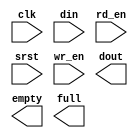
module syncFifoCG(
	clk,
	din,
	rd_en,
	srst,
	wr_en,
	dout,
	empty,
	full);


input clk;
input [15 : 0] din;
input rd_en;
input srst;
input wr_en;
output [15 : 0] dout;
output empty;
output full;

// synthesis translate_off

      FIFO_GENERATOR_V4_3 #(
		.C_COMMON_CLOCK(1),
		.C_COUNT_TYPE(0),
		.C_DATA_COUNT_WIDTH(4),
		.C_DEFAULT_VALUE("BlankString"),
		.C_DIN_WIDTH(16),
		.C_DOUT_RST_VAL("0"),
		.C_DOUT_WIDTH(16),
		.C_ENABLE_RLOCS(0),
		.C_FAMILY("spartan3"),
		.C_FULL_FLAGS_RST_VAL(0),
		.C_HAS_ALMOST_EMPTY(0),
		.C_HAS_ALMOST_FULL(0),
		.C_HAS_BACKUP(0),
		.C_HAS_DATA_COUNT(0),
		.C_HAS_INT_CLK(0),
		.C_HAS_MEMINIT_FILE(0),
		.C_HAS_OVERFLOW(0),
		.C_HAS_RD_DATA_COUNT(0),
		.C_HAS_RD_RST(0),
		.C_HAS_RST(0),
		.C_HAS_SRST(1),
		.C_HAS_UNDERFLOW(0),
		.C_HAS_VALID(0),
		.C_HAS_WR_ACK(0),
		.C_HAS_WR_DATA_COUNT(0),
		.C_HAS_WR_RST(0),
		.C_IMPLEMENTATION_TYPE(0),
		.C_INIT_WR_PNTR_VAL(0),
		.C_MEMORY_TYPE(1),
		.C_MIF_FILE_NAME("BlankString"),
		.C_MSGON_VAL(1),
		.C_OPTIMIZATION_MODE(0),
		.C_OVERFLOW_LOW(0),
		.C_PRELOAD_LATENCY(1),
		.C_PRELOAD_REGS(0),
		.C_PRIM_FIFO_TYPE("512x36"),
		.C_PROG_EMPTY_THRESH_ASSERT_VAL(2),
		.C_PROG_EMPTY_THRESH_NEGATE_VAL(3),
		.C_PROG_EMPTY_TYPE(0),
		.C_PROG_FULL_THRESH_ASSERT_VAL(14),
		.C_PROG_FULL_THRESH_NEGATE_VAL(13),
		.C_PROG_FULL_TYPE(0),
		.C_RD_DATA_COUNT_WIDTH(4),
		.C_RD_DEPTH(16),
		.C_RD_FREQ(1),
		.C_RD_PNTR_WIDTH(4),
		.C_UNDERFLOW_LOW(0),
		.C_USE_DOUT_RST(1),
		.C_USE_ECC(0),
		.C_USE_EMBEDDED_REG(0),
		.C_USE_FIFO16_FLAGS(0),
		.C_USE_FWFT_DATA_COUNT(0),
		.C_VALID_LOW(0),
		.C_WR_ACK_LOW(0),
		.C_WR_DATA_COUNT_WIDTH(4),
		.C_WR_DEPTH(16),
		.C_WR_FREQ(1),
		.C_WR_PNTR_WIDTH(4),
		.C_WR_RESPONSE_LATENCY(1))
	inst (
		.CLK(clk),
		.DIN(din),
		.RD_EN(rd_en),
		.SRST(srst),
		.WR_EN(wr_en),
		.DOUT(dout),
		.EMPTY(empty),
		.FULL(full),
		.INT_CLK(),
		.BACKUP(),
		.BACKUP_MARKER(),
		.PROG_EMPTY_THRESH(),
		.PROG_EMPTY_THRESH_ASSERT(),
		.PROG_EMPTY_THRESH_NEGATE(),
		.PROG_FULL_THRESH(),
		.PROG_FULL_THRESH_ASSERT(),
		.PROG_FULL_THRESH_NEGATE(),
		.RD_CLK(),
		.RD_RST(),
		.RST(),
		.WR_CLK(),
		.WR_RST(),
		.ALMOST_EMPTY(),
		.ALMOST_FULL(),
		.DATA_COUNT(),
		.OVERFLOW(),
		.PROG_EMPTY(),
		.PROG_FULL(),
		.VALID(),
		.RD_DATA_COUNT(),
		.UNDERFLOW(),
		.WR_ACK(),
		.WR_DATA_COUNT(),
		.SBITERR(),
		.DBITERR());


// synthesis translate_on

// XST black box declaration
// box_type "black_box"
// synthesis attribute box_type of syncFifoCG is "black_box"

endmodule